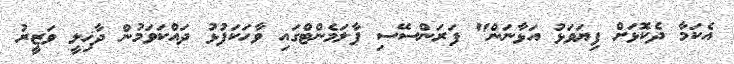
އެކަމާ ދެކޮޅަށް ފިޔަވަޅު އަޅާނަން" ފަރަންސޭސި ޕާލަމެންޓްގައި ވާހަކަފުޅު ދައްކަވަމުން ދާޚިލީ ވަޒީރު